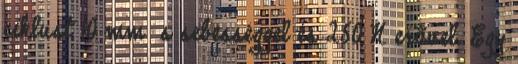
ciklust 10 mm s sebességgel és 250 N erõvel. Egy